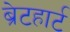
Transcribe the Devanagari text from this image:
ब्रेटहार्ट